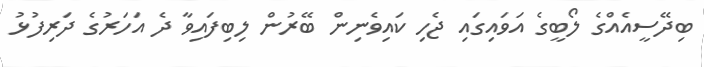
ބިދޭސީއެއްގެ ލޯބީގެ އަވައިގައި ޖެހި ކައިވެނިން ބޭރުން ލިބިފައިވާ ދެ އަހަރުގެ ދަރިފުޅު